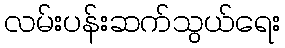
လမ်းပန်းဆက်သွယ်ရေး